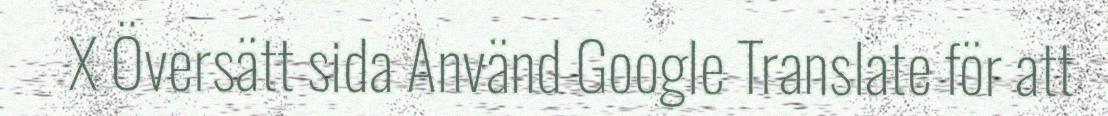
X Översätt sida Använd Google Translate för att